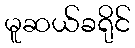
မူဆယ်ခရိုင်